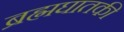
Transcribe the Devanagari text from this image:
ब्रह्मघातकी